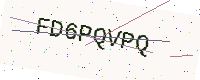
Text: FD6PQVPQ